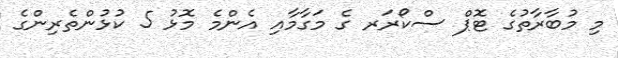
މި މުބާރާތުގެ ޓޮޕް ސްކޯރަރ ގެ މަގާމާއި އެންމެ މޮޅު 5 ކުޅުންތެރިންގެ